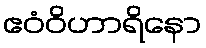
ဧဝံဝိဟာရိနော